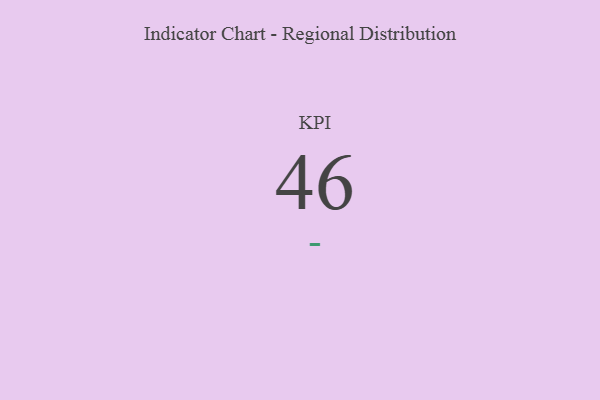
{"axis": {"x": "KPI", "y": "Value"}, "legend": [""], "data": [{"x": "KPI", "y": 46, "type": ""}]}